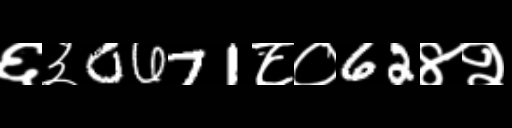
Text: ६३0671८०62४२